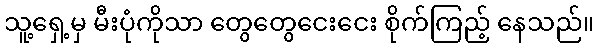
သူ့ရှေ့မှ မီးပုံကိုသာ တွေတွေငေးငေး စိုက်ကြည့် နေသည်။